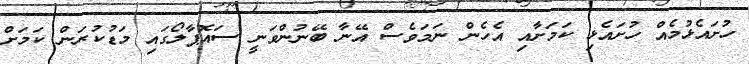
ހުށައެޅުމެއް ހުށައެޅި ކަމަށާއި އެހެން ނަމަވެސް އޭނާ ބޭނުންވަނީ ސައޮޕާލޯގައި މަޑުކުރަން ކަމަށް